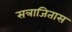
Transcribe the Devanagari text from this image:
सत्राजितास